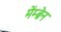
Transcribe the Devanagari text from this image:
मेंम्ब्रेन